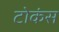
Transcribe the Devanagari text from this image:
टोकंस